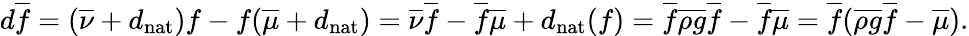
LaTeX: \begin{array}{r}{d\overline{{f}}=(\overline{{\nu}}+{d_{\mathrm{nat}}})f-f(\overline{{\mu}}+{d_{\mathrm{nat}}})=\overline{{\nu}}\overline{{f}}-\overline{{f}}\overline{{\mu}}+{d_{\mathrm{nat}}}(f)=\overline{{f}}\overline{{\rho}}\overline{{g}}\overline{{f}}-\overline{{f}}\overline{{\mu}}=\overline{{f}}(\overline{{\rho}}\overline{{g}}\overline{{f}}-\overline{{\mu}}).}\end{array}